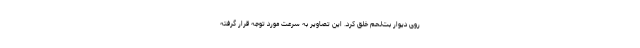
روی دیوار بت‌لحم خلق کرد. این تصاویر به سرعت مورد توجه قرار گرفته